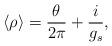
LaTeX: \begin{align*}\langle \rho \rangle = \frac{\theta}{2\pi} + \frac{i}{g_s},\end{align*}